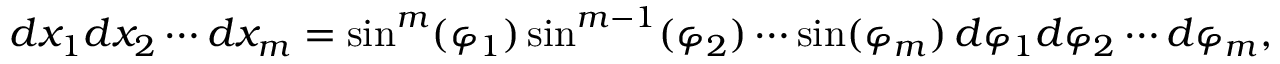
d x _ { 1 } d x _ { 2 } \cdots d x _ { m } = \sin ^ { m } ( \varphi _ { 1 } ) \sin ^ { m - 1 } ( \varphi _ { 2 } ) \cdots \sin ( \varphi _ { m } ) \, d \varphi _ { 1 } d \varphi _ { 2 } \cdots d \varphi _ { m } ,